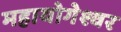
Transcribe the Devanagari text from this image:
महायोगेश्वर